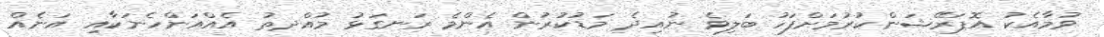
ވުމާއެކު އޮޕަރޭޝަންކުރުމަށްފަހު ބަލިވެ ނުއިދެ މަޑުކުރުން އެންމެ ރަނގަޅު މުއްދތު އެއްއަންހެނަކާއި އަނެއް